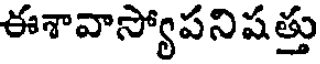
ఈశావాస్యోపనిషత్తు